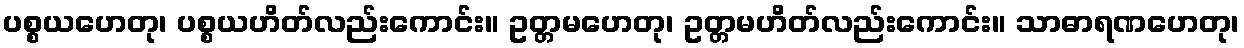
ပစ္စယဟေတု၊ ပစ္စယဟိတ်လည်းကောင်း။ ဥတ္တမဟေတု၊ ဥတ္တမဟိတ်လည်းကောင်း။ သာဓာရဏဟေတု၊